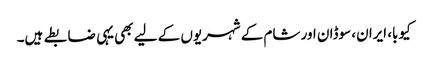
کیوبا، ایران، سوڈان اور شام کے شہریوں کے لیے بھی یہی ضابطے ہیں۔